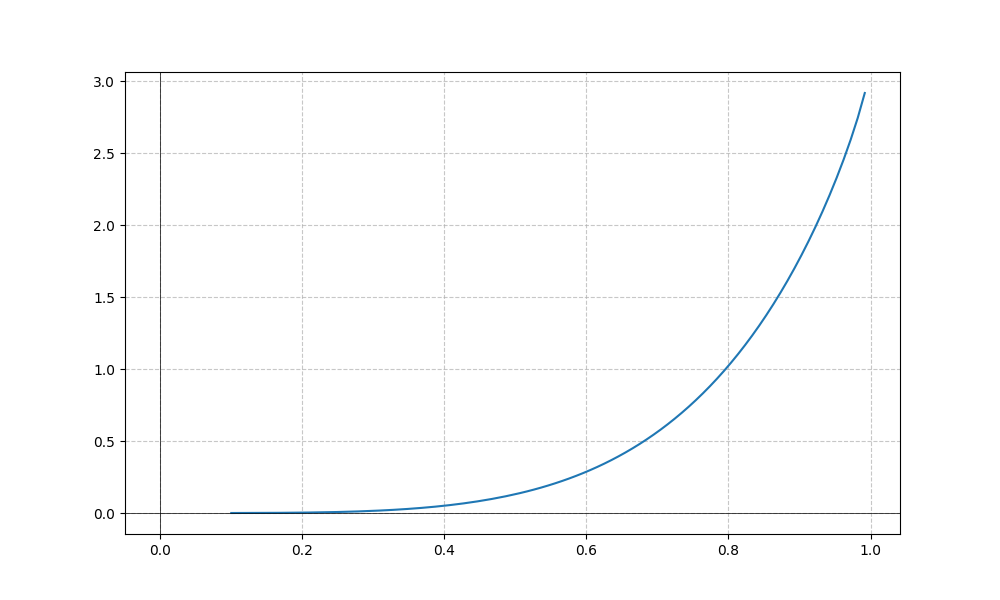
LaTeX formula: x^{4} \operatorname{acos}{\left(- x \right)}